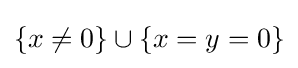
\{x\neq 0\}\cup \{x=y=0\}